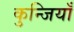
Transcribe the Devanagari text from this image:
कुन्जियाँ